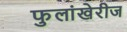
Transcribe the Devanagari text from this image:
फुलांखेरीज